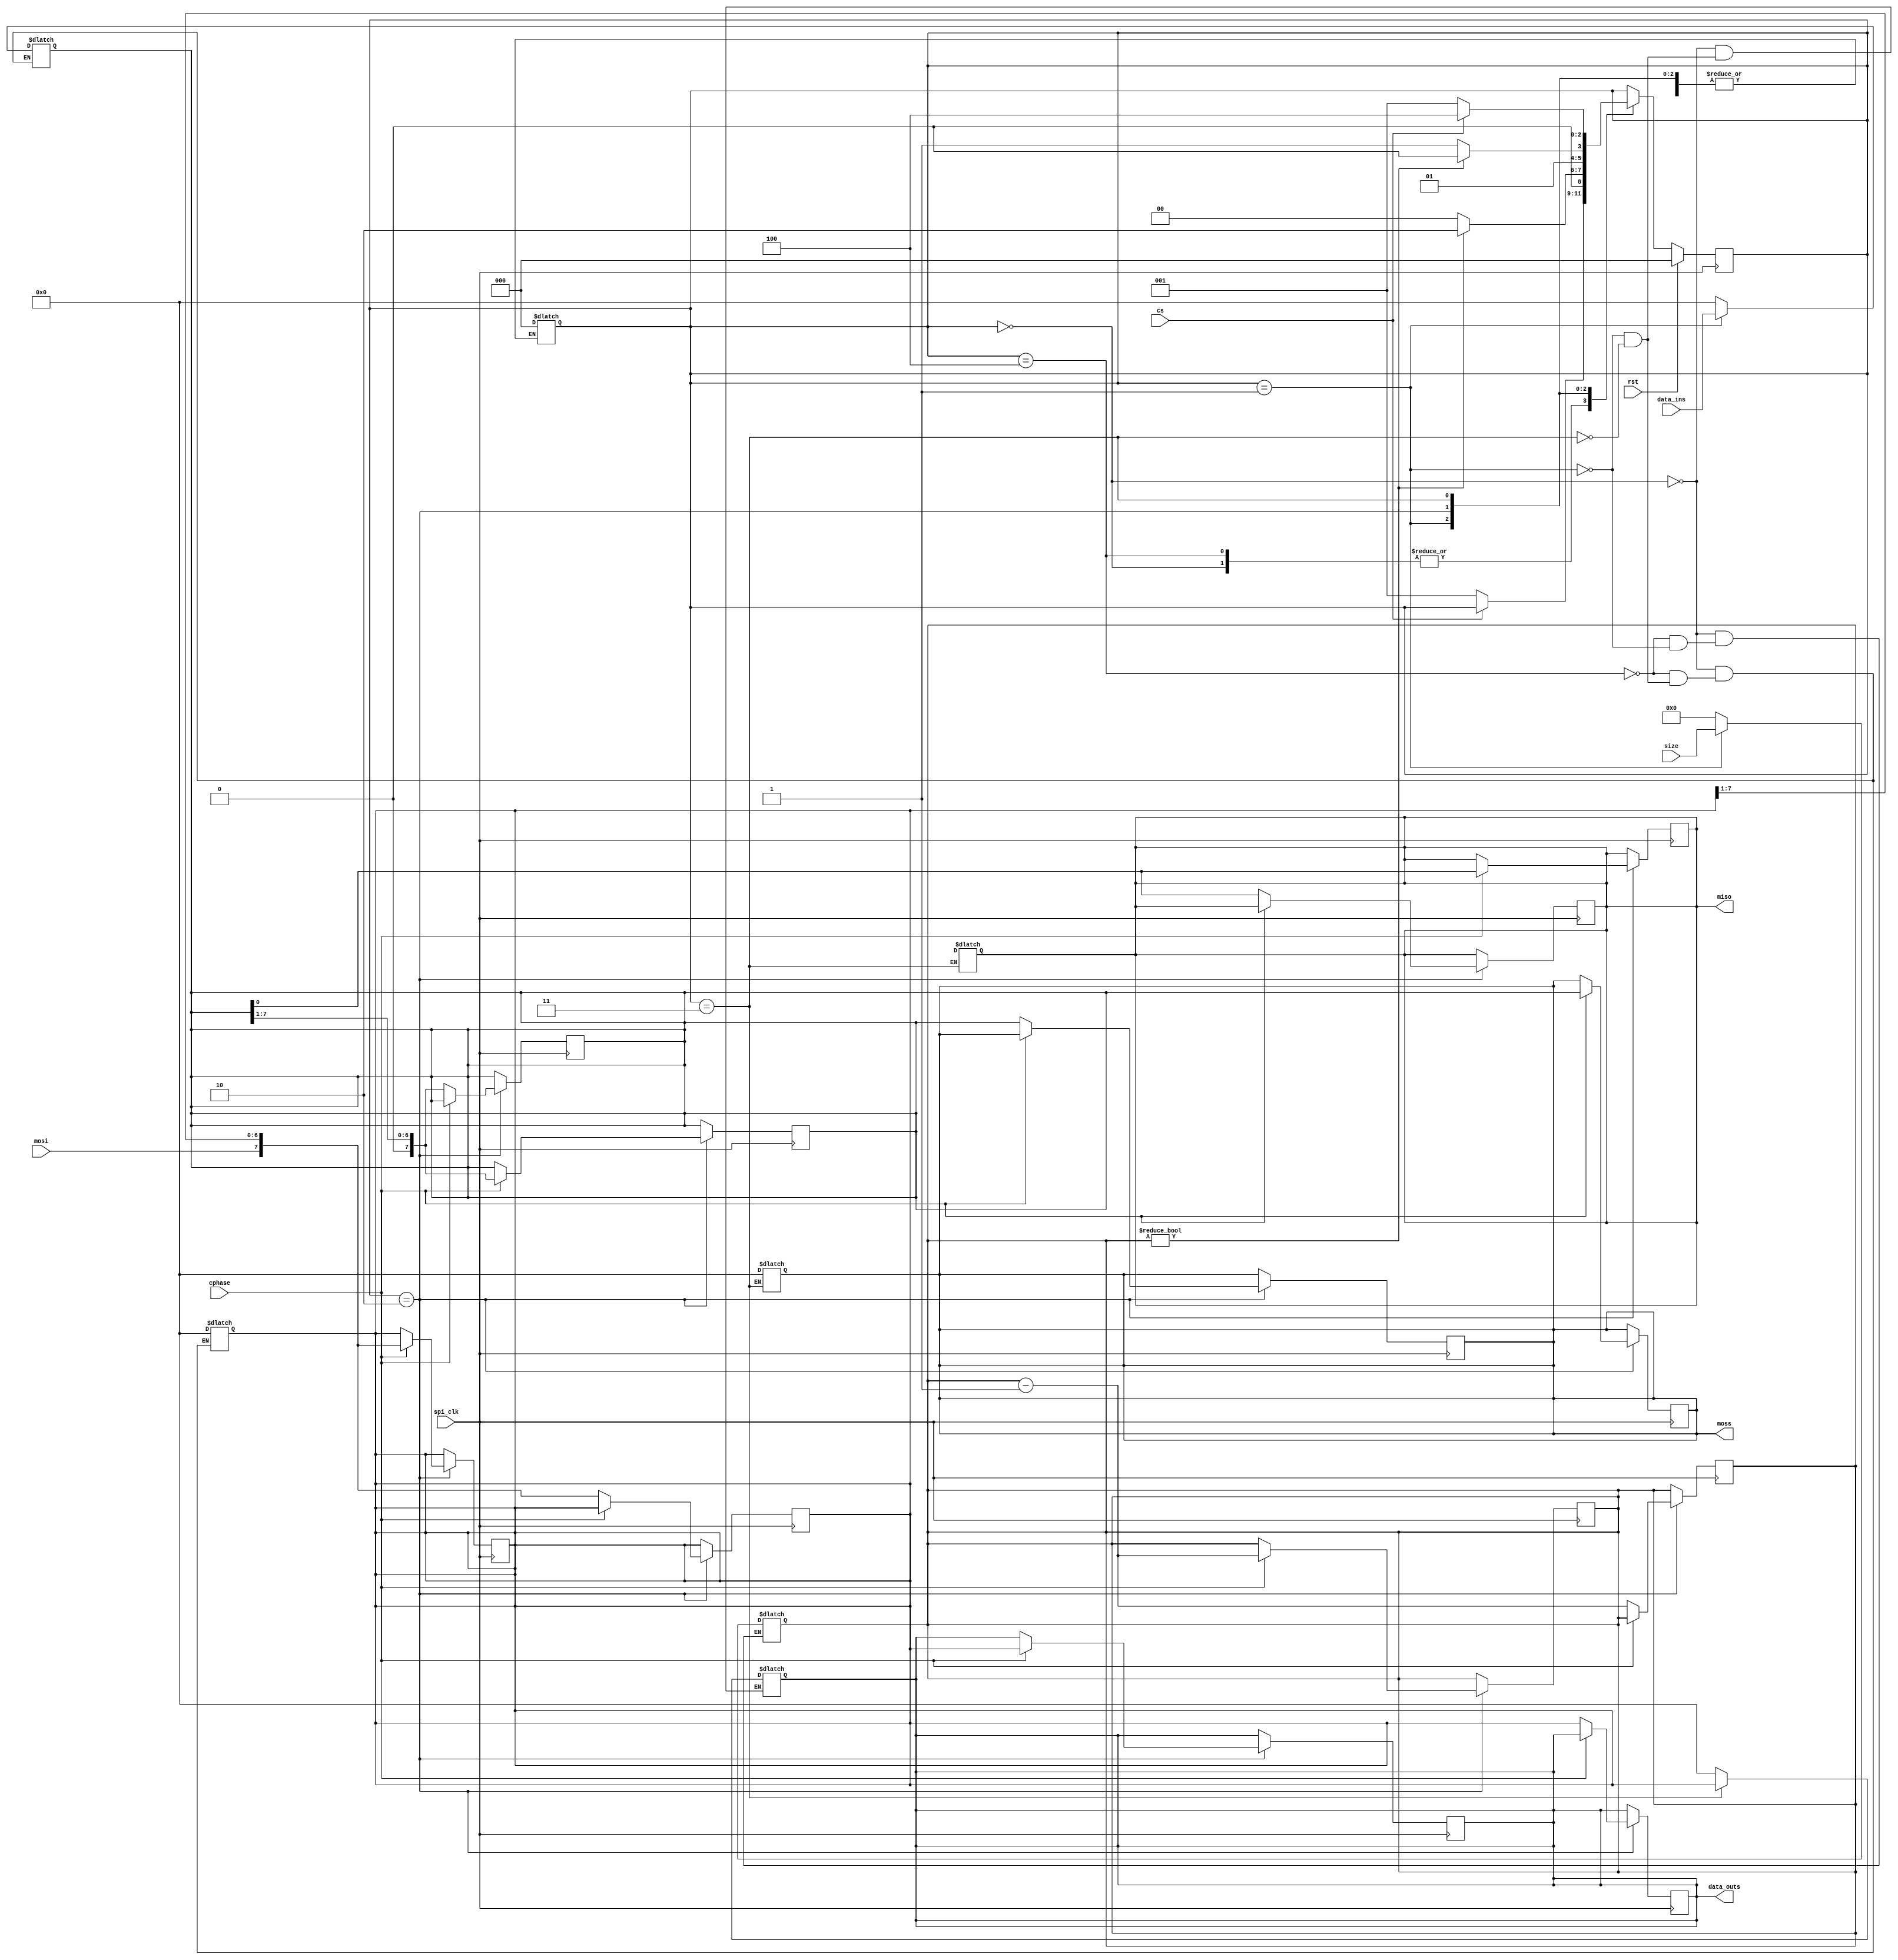
module SPI_Slave
#(
	parameter reg_wid = 8,
parameter num = $clog2(reg_wid)
)
(
	
	input rst,
	input [reg_wid-1:0] data_ins,
	input [num:0] size,  //same master
	input cphase,
	output reg [reg_wid-1:0] data_outs,

	// SPI side
	output reg miso,
	input wire mosi,
	input spi_clk,
	input cs,
	output reg [7:0]moss
);
	parameter reset = 0, load = 1, transact = 2, unload = 3 ,idle=4;

	reg [reg_wid-1:0] mosi_d;
	reg [reg_wid-1:0] miso_d;
	reg [num:0] count;
	reg [2:0] state;

	// begin state machine
	always @(state)
	begin
		case (state)
			reset:
			begin
				data_outs <= 0;
				miso_d <= 0;
				mosi_d <= 0;
				count <= 0;
			end
                        idle:
                        begin
                                data_outs <=  data_outs;
				miso_d <= 0;
				mosi_d <= 0;
				count <= 0;
                        end
			load:
			begin
				data_outs <= 0;
				miso_d <= data_ins;
				mosi_d <= 0;
				count <= size;
			end
			transact:
			begin
				
			end
			unload:
			begin
				data_outs <=mosi_d;
				miso_d <= 0;
				mosi_d <= 0;
				count <= count;
                                miso=1'b x;
                                   moss=0;
			end

			default:
				state = reset;
		endcase
	end
	
	always @(posedge spi_clk)
	begin
		if (rst)
			state = reset;
		else
			case (state)
				reset:
					if (~cs)
						state = load;
				idle:
					if (~cs)
                                            begin
						state = load;
                                            end
				load:
					if (count != 0)
						state = transact;
					else
						state = reset;
				transact:
					if (count != 0)
						state = transact;
					else
						state = unload;
				unload:
					if (~cs)
						state = load;
					else
						state = idle;
			endcase
	end
	// end state machine

	// begin SPI logic

	// Shift Data

always @(posedge spi_clk)
	begin
		if ( state == transact )
		begin
			if(~cphase)
                        miso=miso_d[0];
			
			if((cphase)&(mosi==1'b0|mosi==1'b1))
			begin
			miso_d <= { 1'b0,miso_d[reg_wid-1:1]};
                        mosi_d <= {mosi,mosi_d[reg_wid-1:1]};
data_outs <=mosi_d;
			moss<=miso_d;
			count <= count-1;
			end

		end
	end


	always @(negedge spi_clk)
	begin
		if ( state == transact )
		begin
			if((~cphase)&(mosi==1'b0|mosi==1'b1) )
			begin
			miso_d <= { 1'b0,miso_d[reg_wid-1:1]};
                        mosi_d <= {mosi,mosi_d[reg_wid-1:1]};
data_outs <=mosi_d;
			moss<=miso_d;
			count <= count-1;
			end
			
			if(cphase)
                         miso=miso_d[0];

		end
	end
	// end SPI logic

endmodule

module SLAVE_test();
parameter bits = 8;
reg rst;
	reg [bits-1:0] data_ins;
	reg [$clog2(bits):0] size;  //same master
	wire [bits-1:0] data_outs;

	// SPI side
        wire miso;
	wire mosi;
	reg spi_clk;
	reg cs;
	reg cphase;
	reg cpol;
	wire [7:0]moss;
	integer i;
SPI_Slave
#(
		.reg_wid(bits)
	) spi
	(
.rst(rst),
.data_ins(data_ins),
.size(size),
.data_outs(data_outs),
.miso(miso),
.mosi(mosi),
.spi_clk(spi_clk),
.cs(cs),
.moss(moss),
.cphase(cphase)
         );
assign mosi = miso;
always
		#2 spi_clk = !spi_clk;

	initial
	begin

                data_ins=8'b10101010;
//////////////////////////////////////////////////////////////////////////
		
		cphase=0;
		cpol=0;
		spi_clk = cpol;
		
		$display("Mode = %d",{cpol,cphase});
		$display("Initial     Final     MISO");
                $monitor("%b  %b    %b",moss,data_outs,miso);
		rst = 1;
                cs=0;
		size = bits;
		#4;
		rst = 0;
 	for( i=0; i < bits; i=i+1)
	begin
	#4;
	end
	cs=1;
	#16;
//////////////////////////////////////////////////////////////////////////
		
		cphase=1;
		cpol=0;
		spi_clk = cpol;
		
		$display("Mode = %d",{cpol,cphase});
		$display("Initial     Final     MISO");
                $monitor("%b  %b    %b",moss,data_outs,miso);
		rst = 1;
                cs=0;
		size = bits;
		#4;
		rst = 0;
 	for( i=0; i < bits; i=i+1)
	begin
	#4;
	end
	cs=1;
	#16;
//////////////////////////////////////////////////////////////////////////
		
		cphase=0;
		cpol=1;
		spi_clk = cpol;
		
		$display("Mode = %d",{cpol,cphase});
		$display("Initial     Final     MISO");
                $monitor("%b  %b    %b",moss,data_outs,miso);
		rst = 1;
                cs=0;
		size = bits;
		#4;
		rst = 0;
 	for( i=0; i < bits; i=i+1)
	begin
	#4;
	end
	cs=1;
	#16;
//////////////////////////////////////////////////////////////////////////
		
		cphase=1;
		cpol=1;
		spi_clk = cpol;
		
		$display("Mode = %d",{cpol,cphase});
		$display("Initial     Final     MISO");
                $monitor("%b  %b    %b",moss,data_outs,miso);
		rst = 1;
                cs=0;
		size = bits;
		#4;
		rst = 0;
 	for( i=0; i < bits; i=i+1)
	begin
	#4;
	end
	cs=1;
	#16;

		end
endmodule